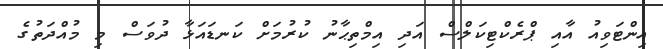
އިންޓަވިއު އާއި ޕްރެކްޓިކަލްސް އަދި އިމްތިޙާނު ކުރުމަށް ކަނޑައަޅާ ދުވަސް މި މުއްދަތުގެ